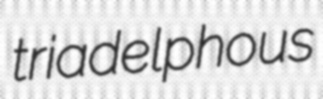
triadelphous